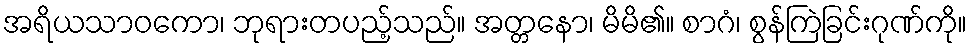
အရိယသာဝကော၊ ဘုရားတပည့်သည်။ အတ္တနော၊ မိမိ၏။ စာဂံ၊ စွန်ကြဲခြင်းဂုဏ်ကို။